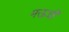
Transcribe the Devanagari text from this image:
मऊची